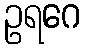
ဥရဂေ